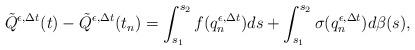
LaTeX: \begin{align*}\tilde{Q}^{\epsilon,\Delta t}(t)-\tilde{Q}^{\epsilon,\Delta t}(t_n)=\int_{s_1}^{s_2}f(q_n^{\epsilon,\Delta t})ds+\int_{s_1}^{s_2}\sigma(q_n^{\epsilon,\Delta t})d\beta(s),\end{align*}